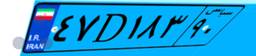
۰۲D۴۸۶۳۰